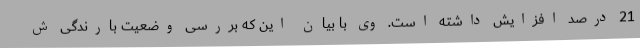
21 درصد افزایش داشته است. وی با بیان این که بررسی وضعیت بارندگی ش